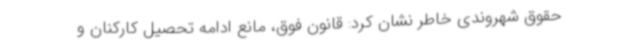
حقوق شهروندی خاطر نشان کرد: قانون فوق، مانع ادامه تحصیل کارکنان و